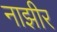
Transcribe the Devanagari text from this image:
नाझीर